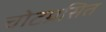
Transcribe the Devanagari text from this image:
चोटग्रसित